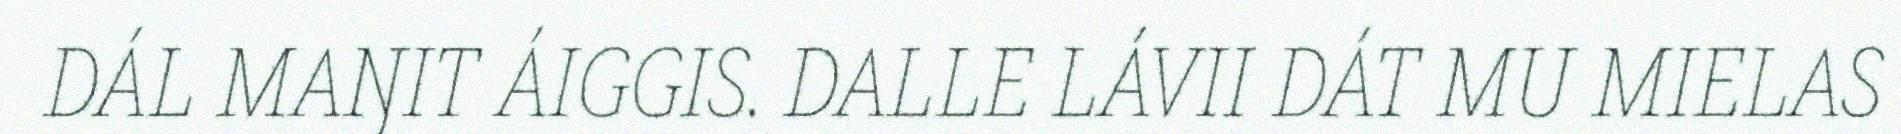
DÁL MAŊIT ÁIGGIS. DALLE LÁVII DÁT MU MIELAS